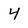
Character: 4